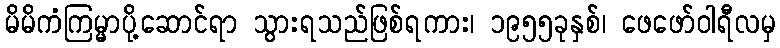
မိမိကံကြမ္မာပို့ဆောင်ရာ သွားရသည်ဖြစ်ရကား၊ ၁၉၅၅ခုနှစ်၊ ဖေဖော်ဝါရီလမှ